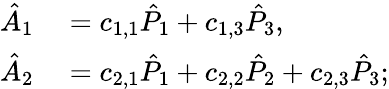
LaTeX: \begin{array}{rl}{\hat{A}_{1}}&{{}=c_{1,1}\hat{P}_{1}+c_{1,3}\hat{P}_{3},}\\ {\hat{A}_{2}}&{{}=c_{2,1}\hat{P}_{1}+c_{2,2}\hat{P}_{2}+c_{2,3}\hat{P}_{3};}\end{array}